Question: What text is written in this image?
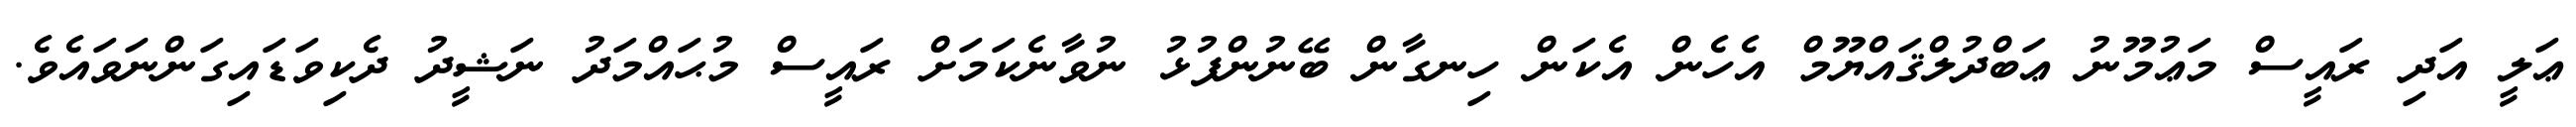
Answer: ޢަލީ އަދި ރައީސް މަޢުމޫނު ޢަބްދުލްޤައްޔޫމް އެހެން އެކަން ހިނގާން ބޭނުންފުޅު ނުވާނެކަމަށް ރައީސް މުޙައްމަދު ނަޝީދު ދެކިވަޑައިގަންނަވައެވެ.